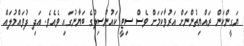
ޔަގީންކަން ރައްޔިތުންނަށް އަރުވާކަމަށް ވެސް ސިޓީ ކައުންސިލުގެ ބަޔާނުގައި ވެއެވެ. އަދި ފުވައްމުލައް